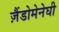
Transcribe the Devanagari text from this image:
ज़ैंडोमेनेघी